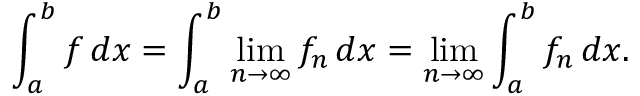
\int _ { a } ^ { b } f \, d x = \int _ { a } ^ { b } { \operatorname* { l i m } _ { n \to \infty } { f _ { n } } \, d x } = \operatorname* { l i m } _ { n \to \infty } \int _ { a } ^ { b } f _ { n } \, d x .